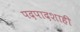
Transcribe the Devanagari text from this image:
पदपादशाही